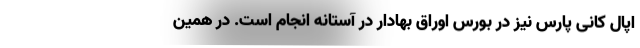
اپال کانی پارس نیز در بورس اوراق بهادار در آستانه انجام است. در همین